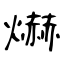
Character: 爀